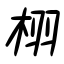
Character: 栩